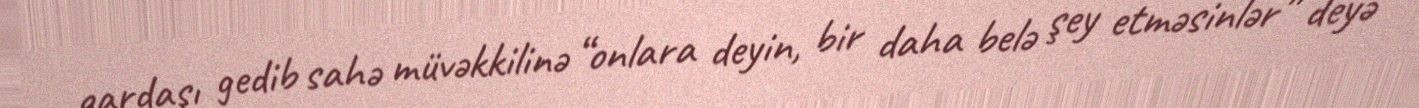
qardaşı gedib sahə müvəkkilinə “onlara deyin, bir daha belə şey etməsinlər” deyə